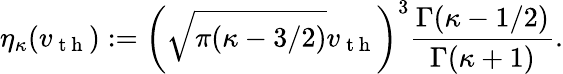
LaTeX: \eta_{\kappa}(v_{\mathrm{~t~h~}})\mathrel{\mathop:}=\left(\sqrt{\pi(\kappa-3/2)}v_{\mathrm{~t~h~}}\right)^{3}\frac{\Gamma(\kappa-1/2)}{\Gamma(\kappa+1)}.